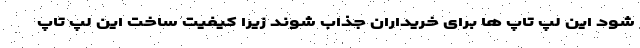
شود این لپ تاپ ها برای خریداران جذاب شوند زیرا کیفیت ساخت این لپ تاپ